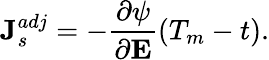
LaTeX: \textbf{J}_{s}^{adj}=-\frac{\partial\psi}{\partial\textbf{E}}(T_{m}-t).